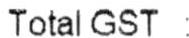
TOTAL GST :